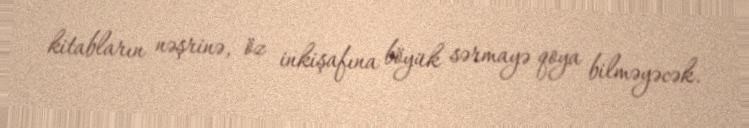
kitabların nəşrinə, öz inkişafına böyük sərmayə qoya bilməyəcək.